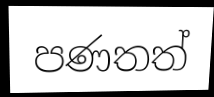
පණතත්